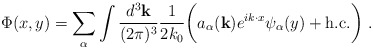
\begin{align*}\Phi(x,y) = \sum_\alpha \int \frac{d^3 {\bf k}}{(2\pi)^3} \frac{1}{2k_0}\biggl( a_\alpha({\bf k}) e^{i k \cdot x} \psi_\alpha(y) + \mbox{h.c.}\biggr)\ .\end{align*}